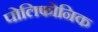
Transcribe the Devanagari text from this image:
पोलिफोनिक